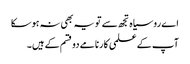
اے روسیاہ تجھ سے تو یہ بھی نہ ہوسکا
آپ کے علمی کارنامے دو قسم کے ہیں۔